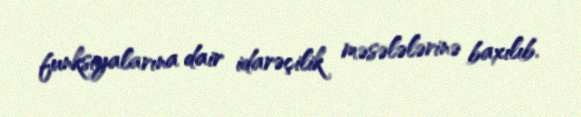
funksiyalarına dair idarəçilik məsələlərinə baxılıb.